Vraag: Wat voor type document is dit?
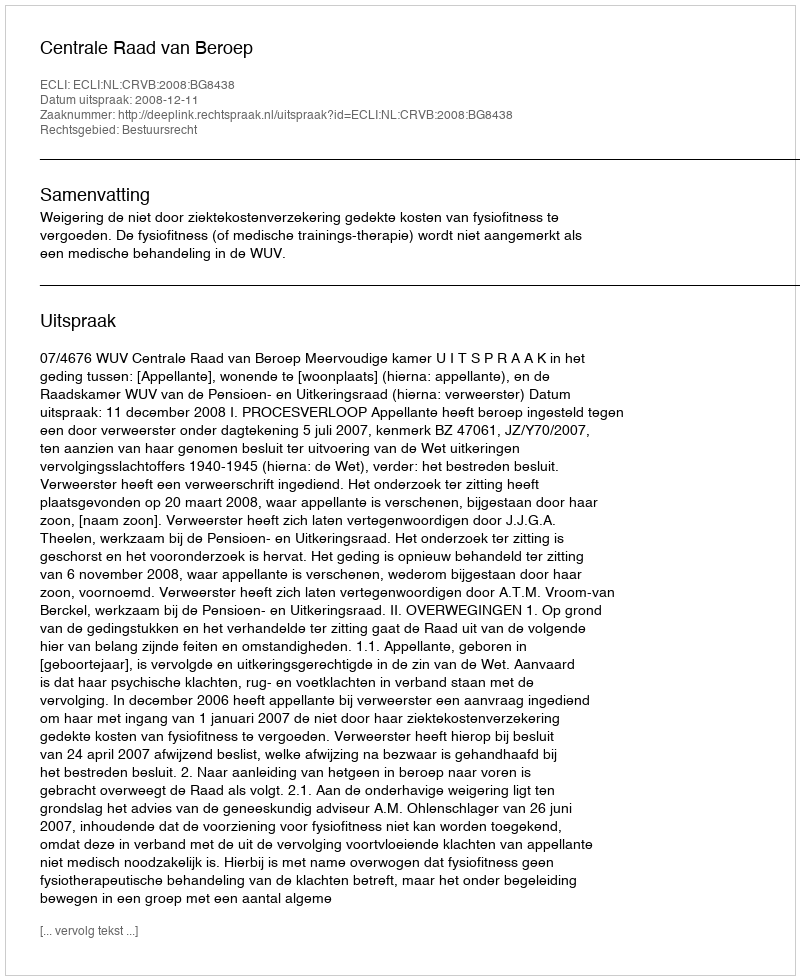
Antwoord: Uitspraak